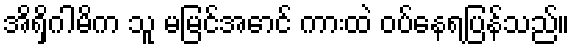
အိရှိဂါမိက သူ မမြင်အောင် ကားထဲ ဝပ်နေရပြန်သည်။